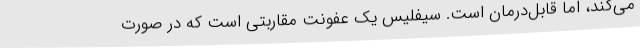
می‌کند، اما قابل‌درمان است. سیفلیس یک عفونت مقاربتی است که در صورت